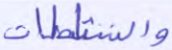
والناشطات